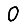
Digit: 0